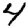
Digit: 4